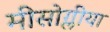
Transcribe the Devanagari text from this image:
मीसोग्लीया